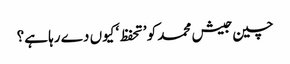
چین جیش محمد کو ’تحفظ‘ کیوں دے رہا ہے؟